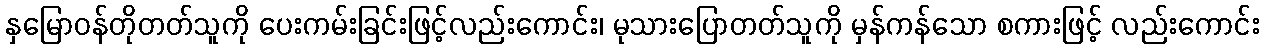
နှမြောဝန်တိုတတ်သူကို ပေးကမ်းခြင်းဖြင့်လည်းကောင်း၊ မုသားပြောတတ်သူကို မှန်ကန်သော စကားဖြင့် လည်းကောင်း